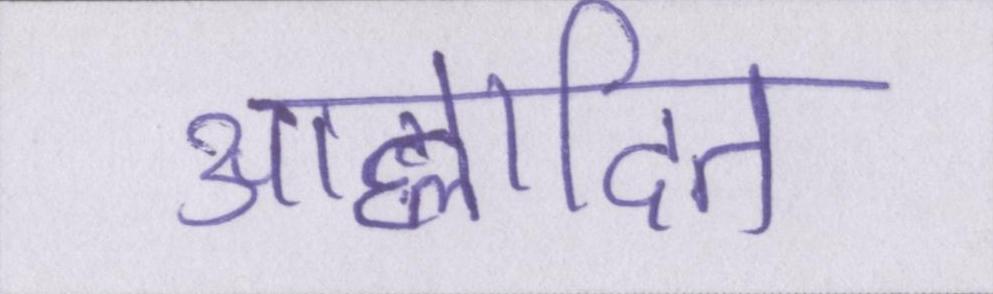
आह्लादित